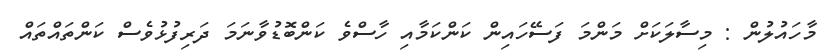
މާހައުލުން : މިސާލަކަށް މަންމަ ފަސޭހައިން ކަންކަމާއި ހާސްވެ ކަންބޮޑުވާނަމަ ދަރިފުޅުވެސް ކަންތައްތައް